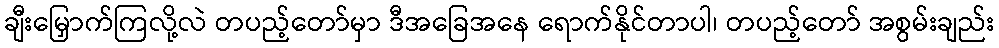
ချီးမြှောက်ကြလို့လဲ တပည့်တော်မှာ ဒီအခြေအနေ ရောက်နိုင်တာပါ၊ တပည့်တော် အစွမ်းချည်း